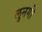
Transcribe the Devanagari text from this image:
लुनगी